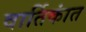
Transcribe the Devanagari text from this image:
वार्तिकांत